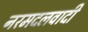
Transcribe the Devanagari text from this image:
नरमदलवादी